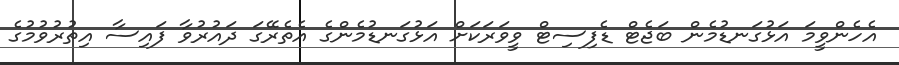
އެހެންވީމަ އަޅުގަނޑުމެން ބަޖެޓް ޑެފިސިޓް ވީވަރަކަށް އަޅުގަނޑުމެންގެ އެތެރޭގަ ދައުރުވާ ފައިސާ އިތުރުވުމުގެ